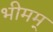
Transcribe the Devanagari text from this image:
भीमम्